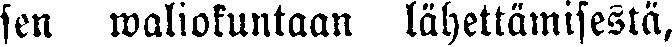
sen waliokuntaan lähettämisestä,